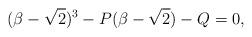
LaTeX: \begin{align*} (\beta -\sqrt{2})^3 - P (\beta -\sqrt{2}) - Q = 0,\end{align*}